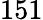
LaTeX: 151